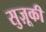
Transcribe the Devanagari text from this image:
सुज़ूकी